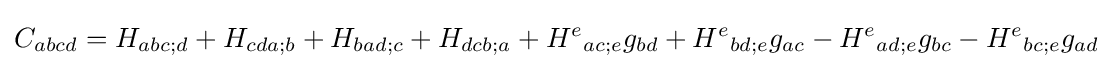
C_{abcd}=H_{abc;d}+H_{cda;b}+H_{bad;c}+H_{dcb;a}+H^{e}{}_{ac;e}g_{bd}+H^{e}{}_{bd;e}g_{ac}-H^{e}{}_{ad;e}g_{bc}-H^{e}{}_{bc;e}g_{ad}